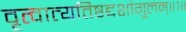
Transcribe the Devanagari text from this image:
वृत्वात्यतिष्ठद्दशांगुलम्॥१॥